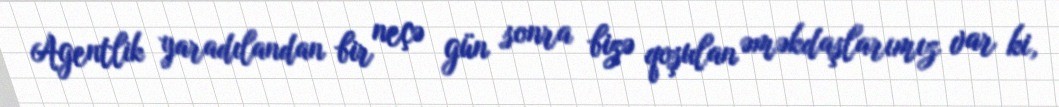
Agentlik yaradılandan bir neçə gün sonra bizə qoşulan əməkdaşlarımız var ki,